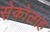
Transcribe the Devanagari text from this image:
सेकोलाह